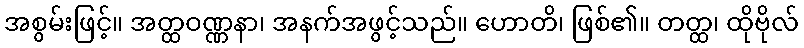
အစွမ်းဖြင့်။ အတ္ထဝဏ္ဏနာ၊ အနက်အဖွင့်သည်။ ဟောတိ၊ ဖြစ်၏။ တတ္ထ၊ ထိုဗိုလ်